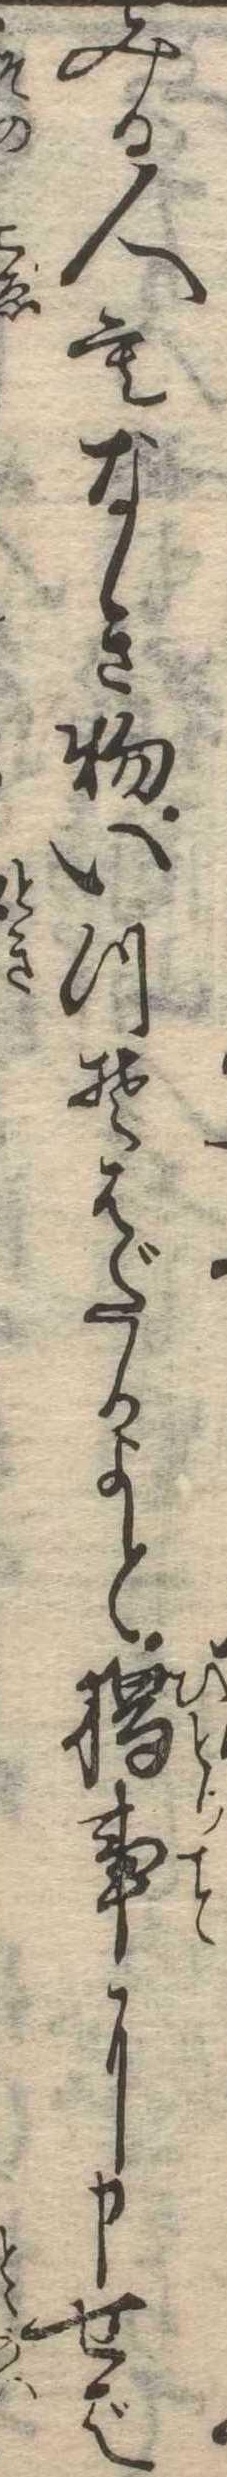
みる人もなき物いつそはだかよと独事に申せば